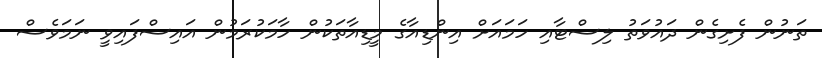
ތަނުން ފެށިގެން ދައުވަތު ލިސްޓާއި ހަމައަށް އިންޑިއާގެ މީޑިއާތަކުން ހާމަކުރަމުން އައިސްފައިވީ ނަމަވެސް